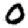
Digit: 0